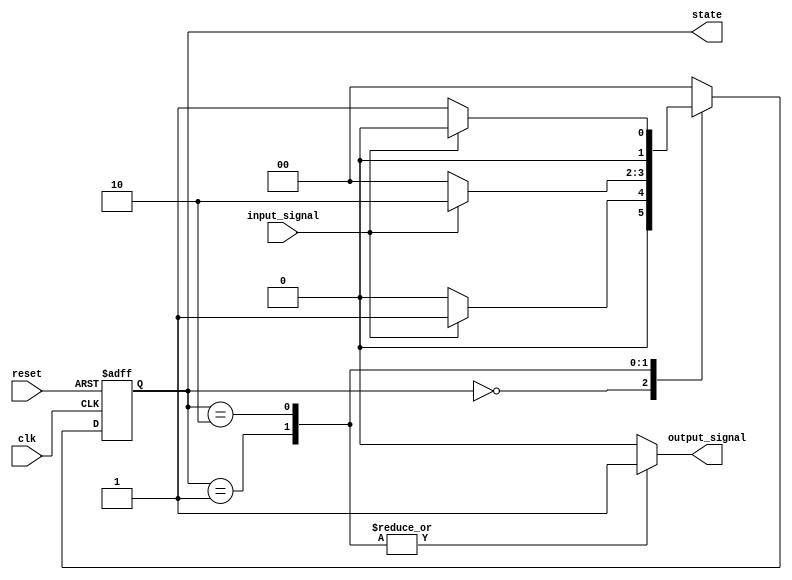
module moore_state_machine (
    input wire clk,               // Clock signal
    input wire reset,             // Asynchronous reset
    input wire input_signal,      // Input signal for state transitions
    output reg [1:0] state,      // Current state (2 bits for 3 states)
    output reg output_signal      // Output signal based on current state
);

    // State encoding
    localparam S0 = 2'b00; // State 0
    localparam S1 = 2'b01; // State 1
    localparam S2 = 2'b10; // State 2

    // State register (current state)
    always @(posedge clk or posedge reset) begin
        if (reset) begin
            state <= S0; // Initialize to state S0 on reset
        end else begin
            case (state)
                S0: if (input_signal) state <= S1; else state <= S0;
                S1: if (input_signal) state <= S2; else state <= S0;
                S2: if (input_signal) state <= S0; else state <= S1;
                default: state <= S0; // Default case
            endcase
        end
    end

    // Output logic based on current state
    always @(*) begin
        case (state)
            S0: output_signal = 1'b0; // Output for state S0
            S1: output_signal = 1'b1; // Output for state S1
            S2: output_signal = 1'b1; // Output for state S2
            default: output_signal = 1'b0; // Default output
        endcase
    end

endmodule